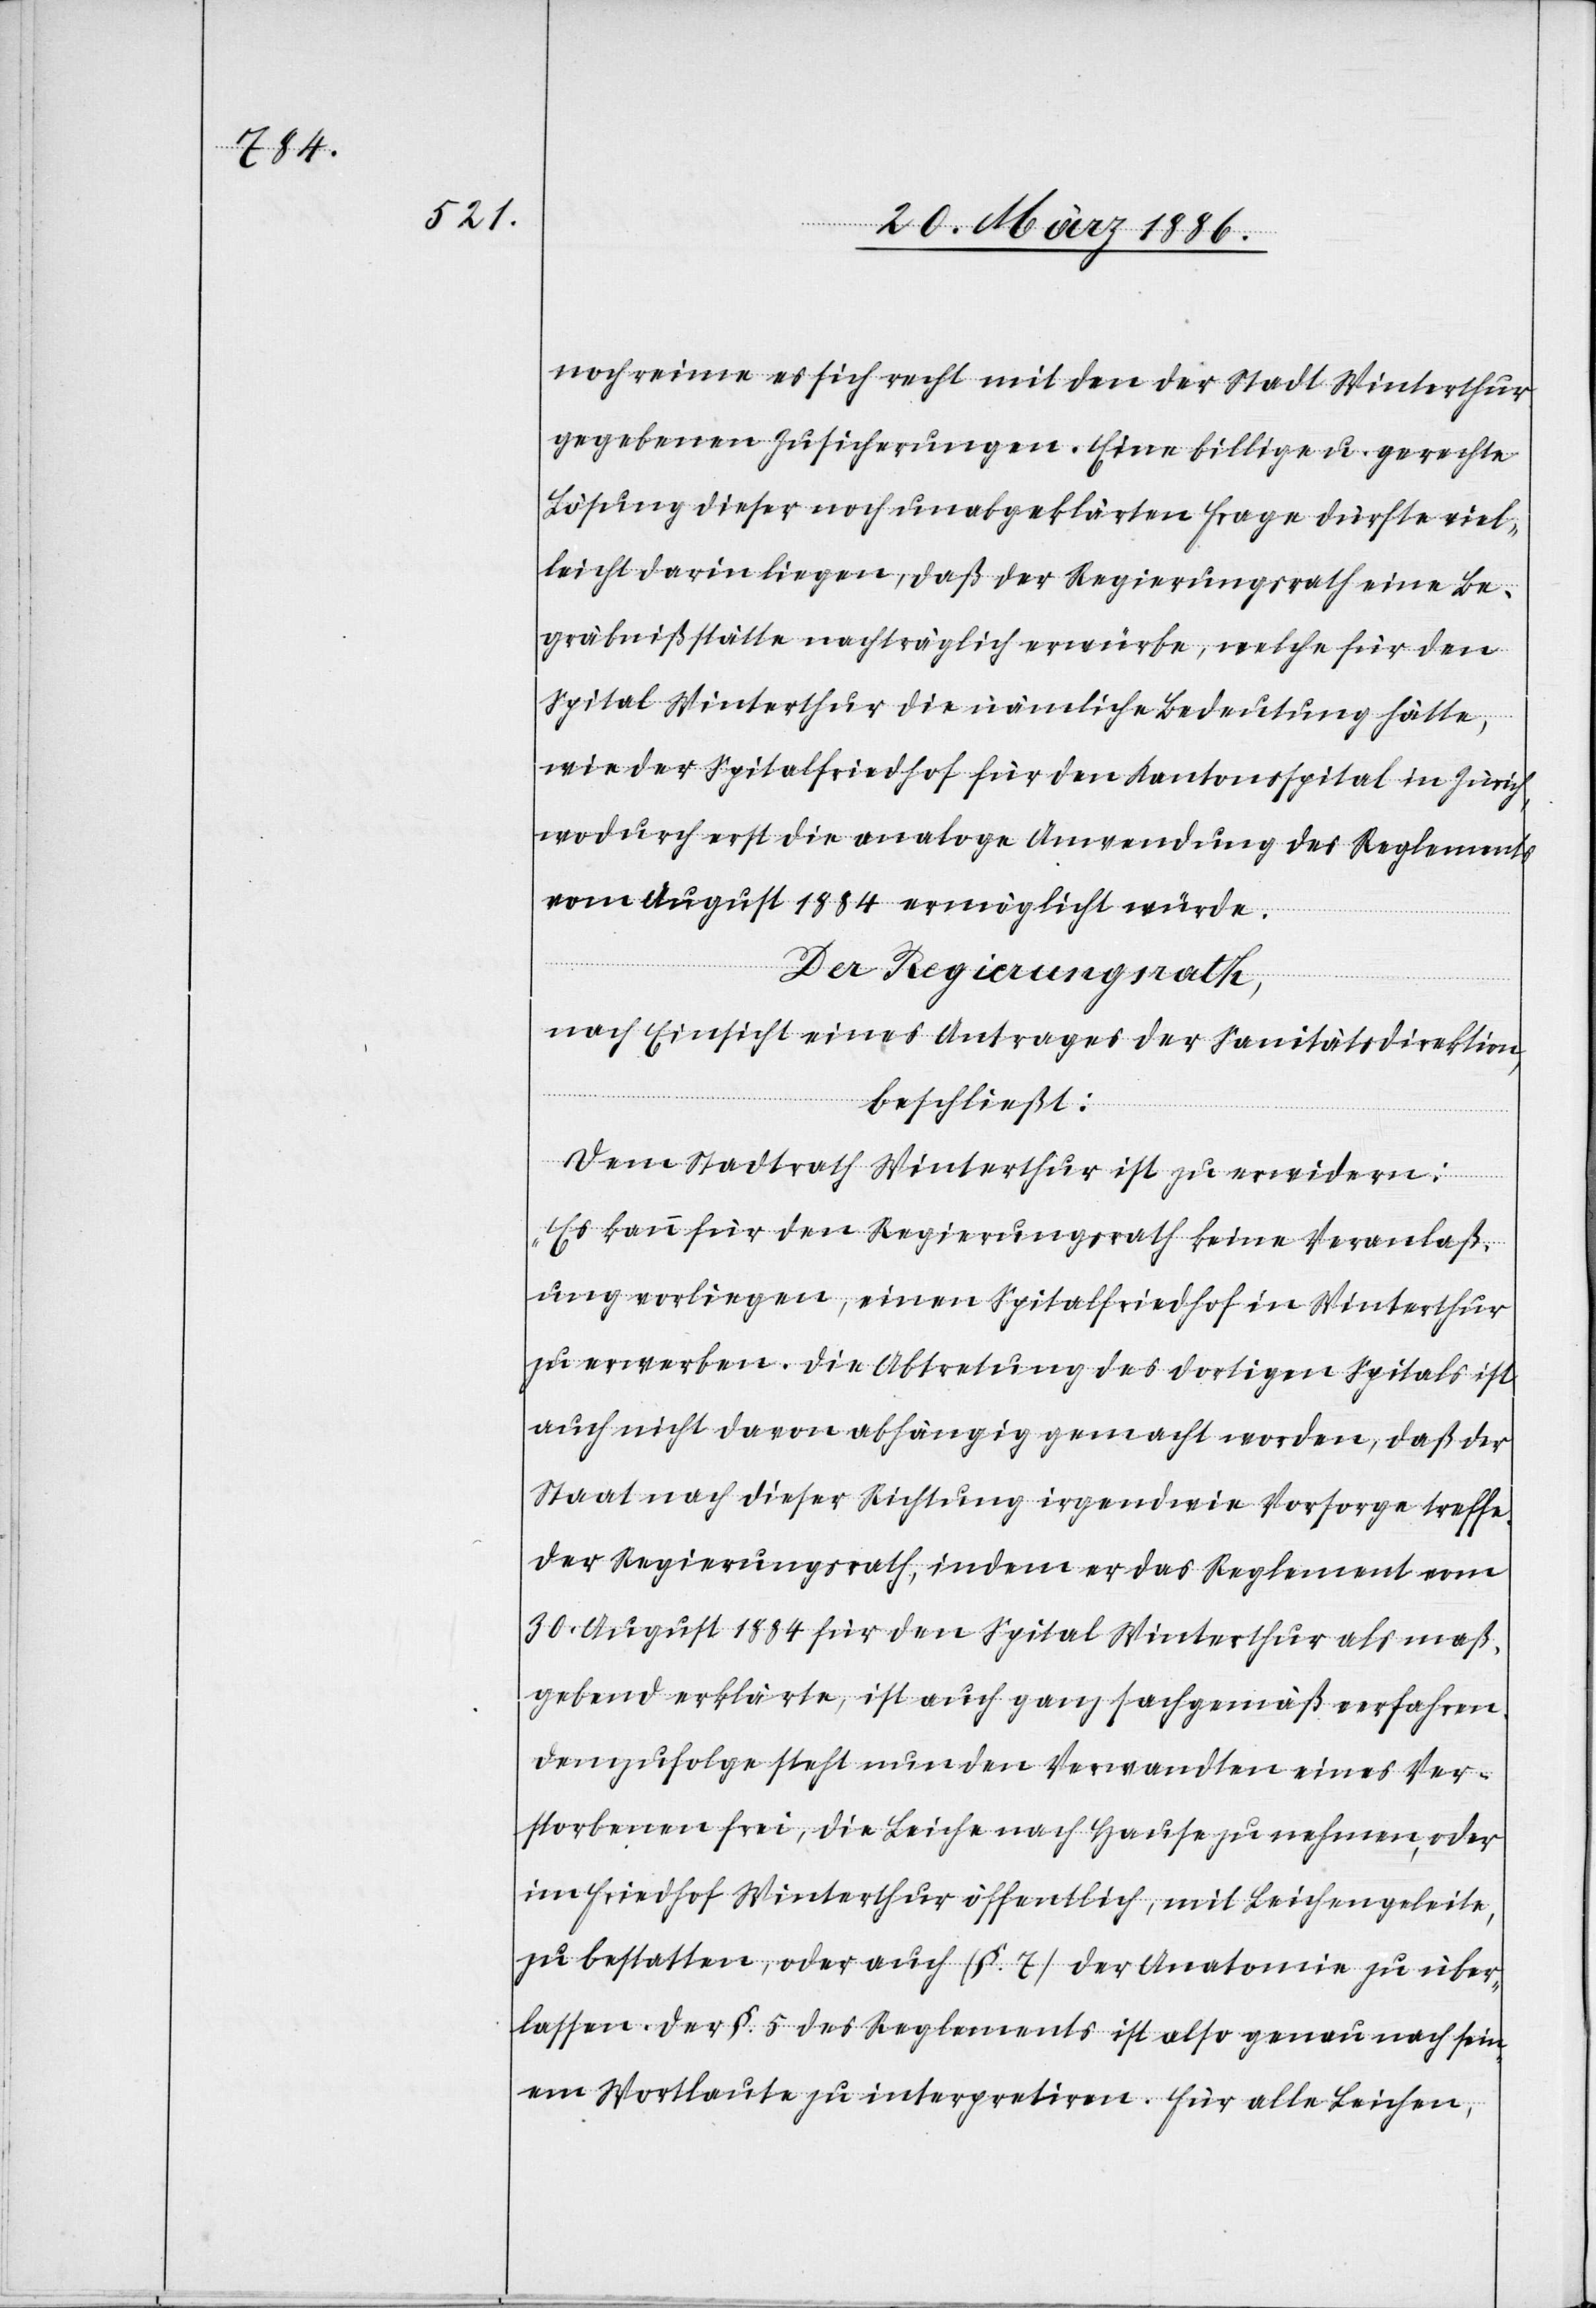
noch reime es sich recht mit den der Stadt Winterthur
gegebenen Zusicherungen. Eine billige u. gerechte
Lösung dieser noch unabgeklärten Frage dürfte viel¬
leicht darin liegen, daß der Regierungsrath eine Be¬
gräbnißstätte nachträglich erwürbe, welche für den
Spital Winterthur die nämliche Bedeutung hätte,
wie der Spitalfriedhof für den Kantonsspital in Zürich,
wodurch erst die analoge Anwendung des Reglements
vom August 1884 ermöglichen würde.
Der Regierungsrath,
nach Einsicht eines Antrages der Sanitätsdirektion,
beschließt:
Dem Stadtrath Winterthur ist zu erwidern:
„Es kann für den Regierungsrath keine Veranlaß¬
ung vorliegen, einen Spitalfriedhof in Winterthur
zu erwerben. Die Abtretung des dortigen Spitals ist
auch nicht davon abhängig gemacht worden, daß der
Staat nach dieser Richtung irgendwie Vorsorge treffe.
Der Regierungsrath, indem er das Reglement vom
30. August 1884 für den Spital Winterthur als maß¬
gebend erklärte, ist auch ganz sachgemäß verfahren.
Demzufolge steht nun den Verwandten eines Ver¬
storbenen frei, die Leiche nach Hause zu nehmen, oder
im Friedhof Winterthur öffentlich, mit Leichengeleite,
zu bestatten, oder auch (§. 7) der Anatomie zu über¬
lassen. Der §. 5 des Reglements ist also genau nach sein¬
em Wortlaute zu interpretiren. Für alle Leichen,